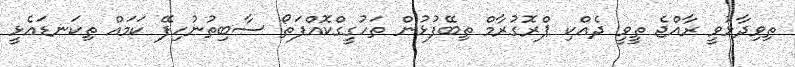
ތިވިދާޅުވީ ރާއްޖެ ތީވީ ދެއްކި ޕްރޮގުރާމް ތިބޭފުޅުން ތަހުގީގްކޮއްފަތޯ ސާބިތުނުހިފޭ ކަމައް ތިކަނޑައެޅީ